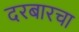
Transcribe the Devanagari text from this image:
दरबारचा